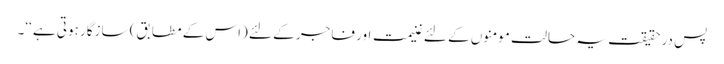
پس درحقیقت یہ حالت مومنوں کے لئے غنیمت اور فاجر کے لئے (اس کے مطابق) سازگار ہوتی ہے ‘‘۔